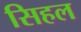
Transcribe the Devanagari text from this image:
सिहल